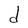
Character: d